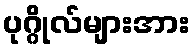
ပုဂ္ဂိုလ်များအား